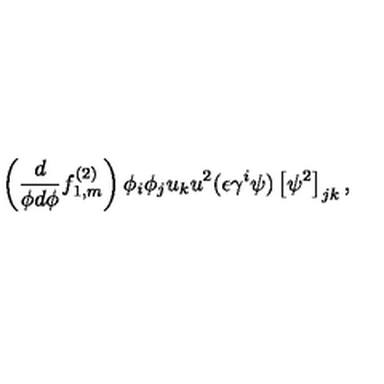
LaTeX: \left( \frac { d } { \phi d \phi } f _ { 1 , m } ^ { ( 2 ) } \right) \phi _ { i } \phi _ { j } u _ { k } u ^ { 2 } ( \epsilon \gamma ^ { i } \psi ) \left[ \psi ^ { 2 } \right] _ { j k } ,